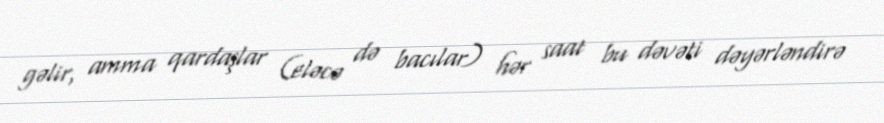
gəlir, amma qardaşlar (eləcə də bacılar) hər saat bu dəvəti dəyərləndirə